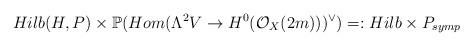
LaTeX: \begin{align*}Hilb(H,P)\times\mathbb{P}(Hom(\Lambda^{2}V\rightarrow H^{0}(\mathcal{O}_{X}(2m)))^{\vee})=:Hilb\times P_{symp}\end{align*}